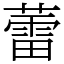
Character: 蕾